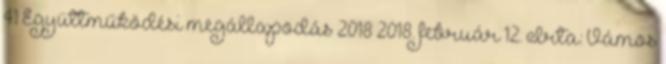
41 Együttműködési megállapodás 2018 2018. február 12. Írta: Vámos